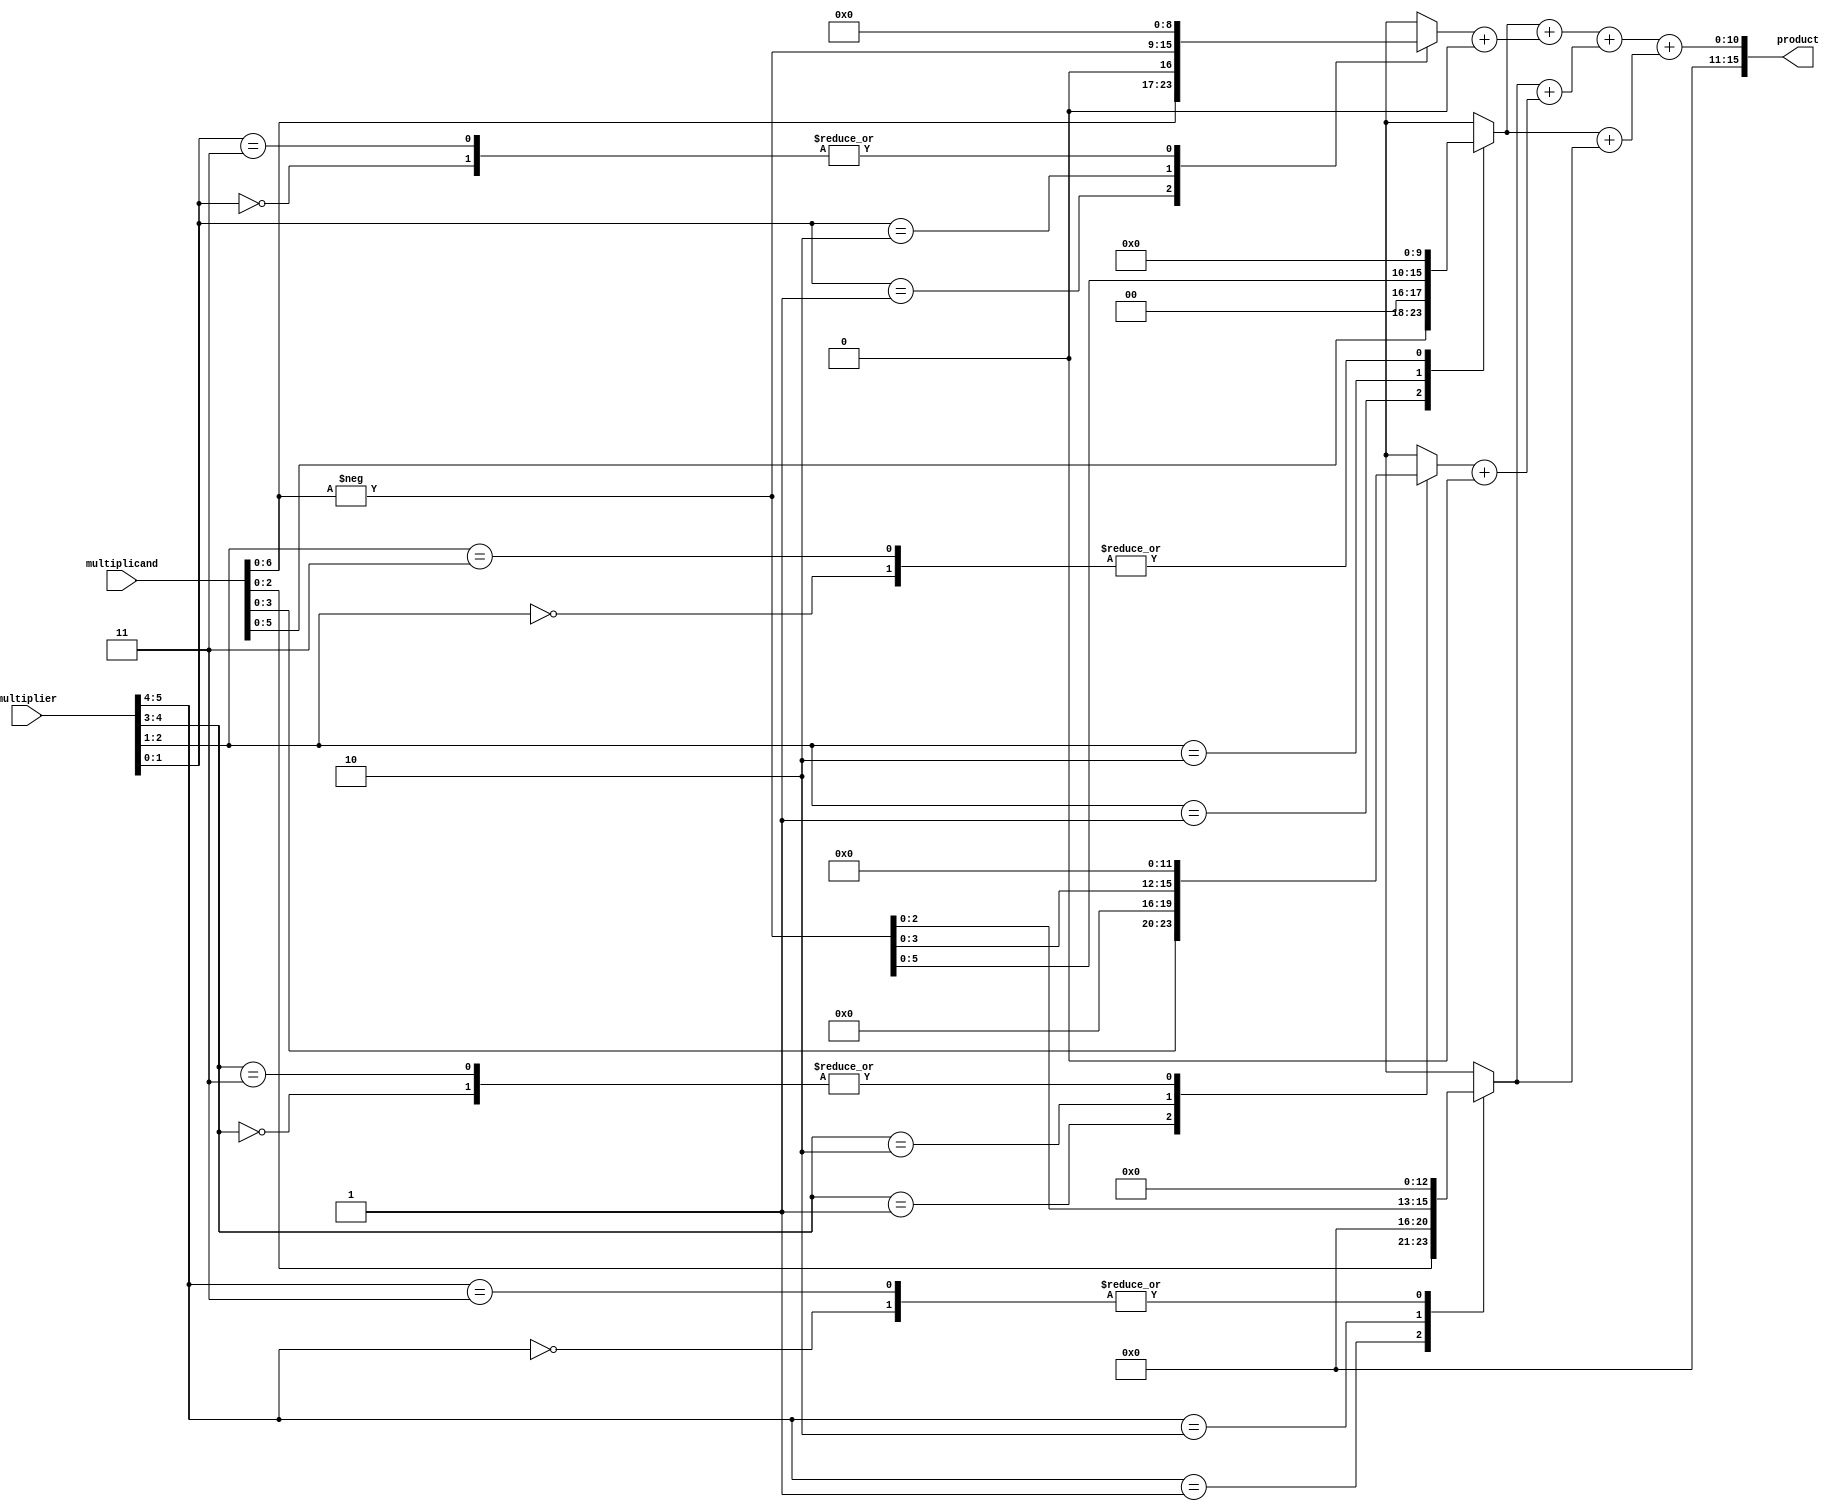
module booth_multiplier (
    input signed [N-1:0] multiplicand,
    input signed [N-1:0] multiplier,
    output signed [2*N-1:0] product
);
    parameter N = 8; // Bit-width of inputs

    // Booth encoding and partial product generation
    reg [N-1:0] pp [0:N]; // Partial products
    reg [N+1:0] multiplier_ext; // Extended multiplier for Booth's algorithm
    integer i;

    always @(*) begin
        // Initialize partial products to zero
        for (i = 0; i <= N; i = i + 1) begin
            pp[i] = 0;
        end

        // Extend the multiplier for Booth's algorithm
        multiplier_ext = {1'b0, multiplier, 1'b0}; // Add an extra bit for Booth's encoding

        for (i = 0; i < N; i = i + 1) begin
            case (multiplier_ext[i+1:i])
                2'b00: pp[i] = 0; // Do nothing
                2'b01: pp[i] = multiplicand << i; // Add multiplicand
                2'b10: pp[i] = -multiplicand << i; // Subtract multiplicand
                2'b11: pp[i] = 0; // Do nothing
            endcase
        end
    end

    // Wallace tree reduction
    wire [N+1:0] sum [0:N/3]; // Sum wires for Wallace tree
    wire [N+1:0] carry [0:N/3]; // Carry wires for Wallace tree

    // Initial stage of Wallace tree
    generate
        genvar j;
        for (j = 0; j < N; j = j + 1) begin : wallace_tree
            if (j % 3 == 0) begin
                assign sum[j/3] = pp[j];
                assign carry[j/3] = 0;
            end else if (j % 3 == 1) begin
                assign sum[j/3] = pp[j] + carry[j/3];
                assign carry[j/3] = pp[j];
            end else begin
                assign sum[j/3] = pp[j] + sum[j/3];
                assign carry[j/3] = pp[j];
            end
        end
    endgenerate

    // Final addition of sums and carries
    wire [N+1:0] final_sum;
    wire [N+1:0] final_carry;

    assign final_sum = sum[0] + sum[1];
    assign final_carry = carry[0] + carry[1];

    assign product = final_sum + final_carry;

endmodule